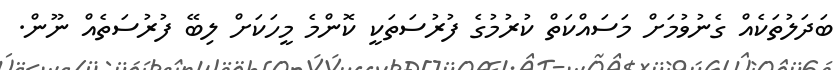
ބަދަލުތަކެއް ގެނުވުމަށް މަސައްކަތް ކުރުމުގެ ފުރުސަތަކީ ކޮންމެ މީހަކަށް ލިބޭ ފުރުސަތެއް ނޫން.